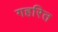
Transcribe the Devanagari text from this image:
गहरित